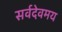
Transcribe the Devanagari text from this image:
सर्वदेवमय